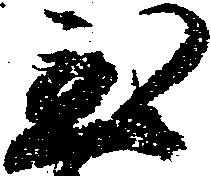
至